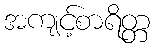
အကျင့်စာရိတ္တ